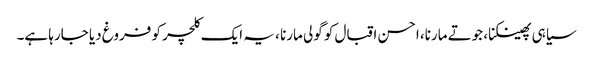
سیاہی پھینکنا، جوتے مارنا، احسن اقبال کو گولی مارنا ، یہ ایک کلچر کو فروغ دیا جارہا ہے۔